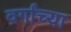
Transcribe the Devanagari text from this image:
वर्गांच्‍या